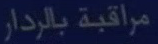
مراقبة بالرادار